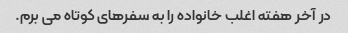
در آخر هفته اغلب خانواده را به سفرهای کوتاه می برم.